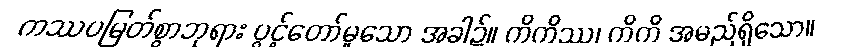
ကဿပမြတ်စွာဘုရား ပွင့်တော်မူသော အခါ၌။ ကိကိဿ၊ ကိကိ အမည်ရှိသော။